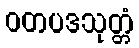
ဝတပဒသုတ္တံ